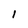
Character: l